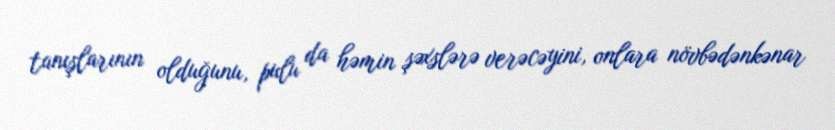
tanışlarının olduğunu, pulu da həmin şəxslərə verəcəyini, onlara növbədənkənar